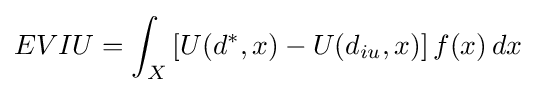
EVIU=\int _{X}\left[U(d^{*},x)-U(d_{iu},x)\right]f(x)\,dx